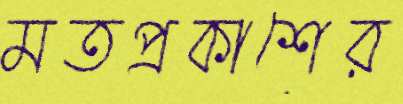
মতপ্রকাশের